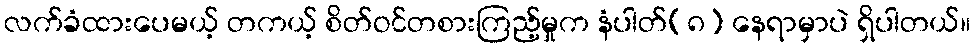
လက်ခံထားပေမယ့် တကယ့် စိတ်ဝင်တစားကြည့်မှုက နံပါတ်(၈) နေရာမှာပဲ ရှိပါတယ်။